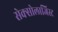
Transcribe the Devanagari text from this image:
सेक्सोलाजिस्ट